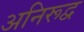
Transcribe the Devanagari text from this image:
अनिरूद्व